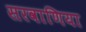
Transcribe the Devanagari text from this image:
सरवाणिया